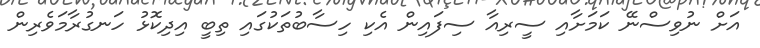
އަށް ނުވިސްނޭ ކަމަށާއި ސީރިއާ ސިފައިން އެކި ހިސާބުތަކުގައި ތިބީ އިދިކޮޅު ހަނގުރާމަވެރިން